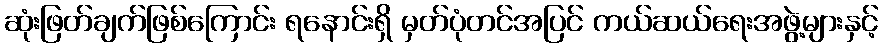
ဆုံးဖြတ်ချက်ဖြစ်ကြောင်း ရနောင်းရှိ မှတ်ပုံတင်အပြင် ကယ်ဆယ်ရေးအဖွဲ့များနှင့်